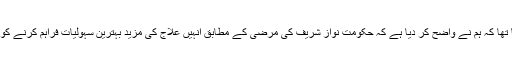
اُن کا کہنا تھا کہ ہم نے واضح کر دیا ہے کہ حکومت نواز شریف کی مرضی کے مطابق انہیں علاج کی مزید بہترین سہولیات فراہم کرنے کو تیار ہے۔